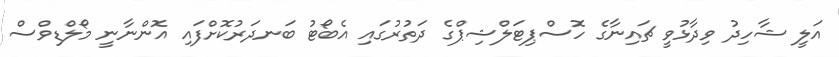
އަލީ ޝާހިދު ވިދާޅުވީ ޗައިނާގެ ހޮސްޕިޓަލްޝިޕްގެ ދަތުރުގައި އެބޯޓު ބަނދަރުކޮށްފައި އޮންނާނީ މޯލްޑިވްސް